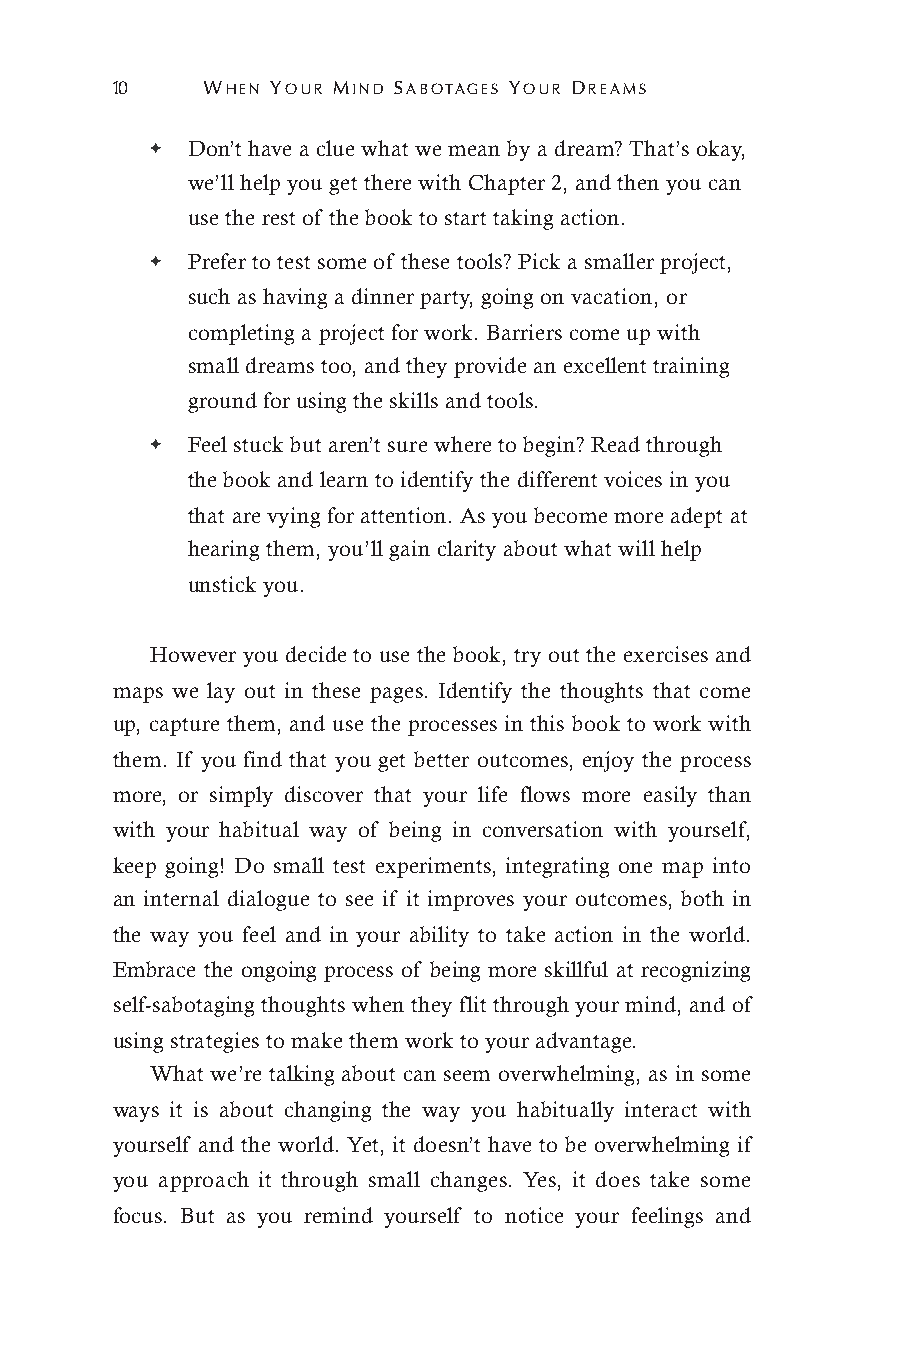
10    WHEN YOUR MIND SABOTAGES YOUR DREAMS
 ✦ Don’t have a clue what we mean by a dream? That’s okay,
 we’ll help you get there with Chapter 2, and then you can
 use the rest of the book to start taking action.
 ✦ Prefer to test some of these tools? Pick a smaller project,
 such as having a dinner party, going on vacation, or
 completing a project for work. Barriers come up with
 small dreams too, and they provide an excellent training
 ground for using the skills and tools.
 ✦ Feel stuck but aren’t sure where to begin? Read through
 the book and learn to identify the different voices in you
 that are vying for attention. As you become more adept at
 hearing them, you’ll gain clarity about what will help
 unstick you.
 However you decide to use the book, try out the exercises and
 maps we lay out in these pages. Identify the thoughts that come
 up, capture them, and use the processes in this book to work with
 them. If you find that you get better outcomes, enjoy the process
 more, or simply discover that your life flows more easily than
 with your habitual way of being in conversation with yourself,
 keep going! Do small test experiments, integrating one map into
 an internal dialogue to see if it improves your outcomes, both in
 the way you feel and in your ability to take action in the world.
 Embrace the ongoing process of being more skillful at recognizing
 self-sabotaging thoughts when they flit through your mind, and of
 using strategies to make them work to your advantage.
 What we’re talking about can seem overwhelming, as in some
 ways it is about changing the way you habitually interact with
 yourself and the world. Yet, it doesn’t have to be overwhelming if
 you approach it through small changes. Yes, it does take some
 focus. But as you remind yourself to notice your feelings and